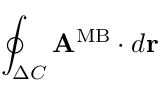
\oint _ { \Delta C } { \bf A } ^ { \mathrm { M B } } \cdot d { \bf r }